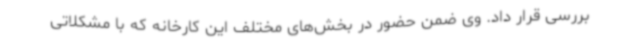
بررسی قرار داد. وی ضمن حضور در بخش‌های مختلف این کارخانه که با مشکلاتی